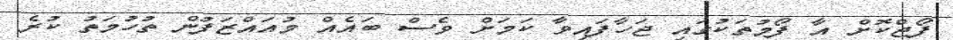
ފޯޖްކޮށް އާ ފޯމުތަކުގައި ޖަހާފައިވާ ކަމަށް ވެސް ބައެއް މުއައްޒަފުން ތުހުމަތު ކުރެ